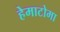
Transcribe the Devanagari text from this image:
हेमाटोमा